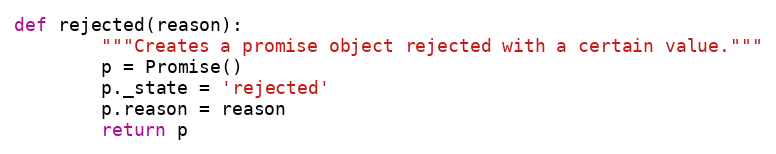
Language: Python
def rejected(reason):
        """Creates a promise object rejected with a certain value."""
        p = Promise()
        p._state = 'rejected'
        p.reason = reason
        return p